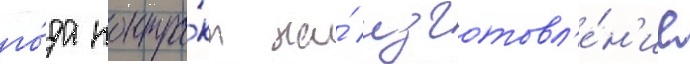
го́да контра́кт на́ изготовл'е́н'ие